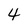
Character: 4